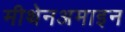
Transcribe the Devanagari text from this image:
मीथेनअमाइन